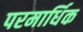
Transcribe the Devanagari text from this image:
परमार्धिक